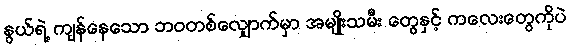
နွယ်ရဲ့ ကျန်နေသော ဘဝတစ်လျှောက်မှာ အမျိုးသမီး တွေနှင့် ကလေးတွေကိုပဲ